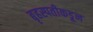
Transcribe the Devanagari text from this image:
बृहस्पतीकडून